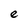
Character: e